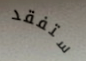
ستفقد